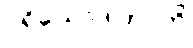
ပရိယောဒါတာတိ